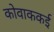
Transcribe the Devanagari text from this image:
कोवाककई